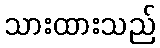
သားထားသည်